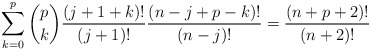
\begin{align*}\sum_{k=0}^p \binom{p}{k} \frac{(j+1+k)!}{(j+1)!}\frac{(n-j+p-k)!}{(n-j)!} = \frac{(n+p+2)!}{(n+2)!} \end{align*}